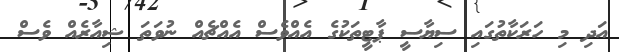
އަދި މި ހަރަކާތުގައި ސިޔާސީ ޕާޓީތަކުގެ އެއްވެސް އެއްޗެއް ނުވަތަ ޝިއާރެއް ވެސް